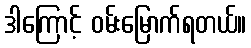
ဒါကြောင့် ဝမ်းမြောက်ရတယ်။